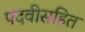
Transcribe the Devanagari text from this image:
पदवीसहित